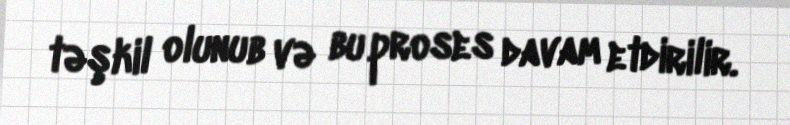
təşkil olunub və bu proses davam etdirilir.